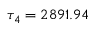
\tau _ { 4 } = 2 8 9 1 . 9 4